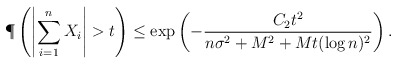
\begin{align*} \P\left( \left| \sum_{i=1}^n X_i \right| > t \right) &\leq \exp\left( -\frac{C_2 t^2}{n\sigma^2 + M^2 + Mt (\log n)^2} \right). \end{align*}